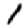
Digit: 1